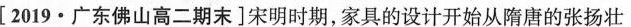
[2019·广东佛山高二期末]宋明时期，家具的设计开始从隋唐的张扬壮